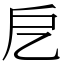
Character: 戹